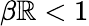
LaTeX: \beta\mathbb{R}<1